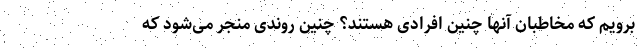
برویم که مخاطبان آنها چنین افرادی هستند؟ چنین روندی منجر می‌شود که